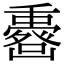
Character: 𠚟